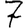
Digit: 7